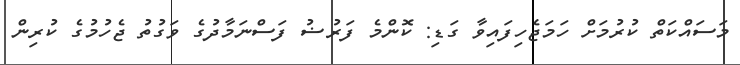
މަސައްކަތް ކުރުމަށް ހަމަޖެހިފައިވާ ގަޑި: ކޮންމެ ފަރުޟު ފަސްނަމާދުގެ ވަގުތު ޖެހުމުގެ ކުރިން